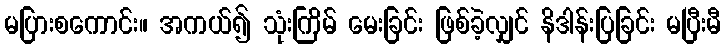
မပြားစကောင်း။ အကယ်၍ သုံးကြိမ် မေးခြင်း ဖြစ်ခဲ့လျှင် နိဒါန်းပြခြင်း မပြီးမီ